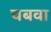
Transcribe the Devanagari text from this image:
चबवा